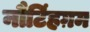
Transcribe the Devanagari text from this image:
नौटिंहग़म